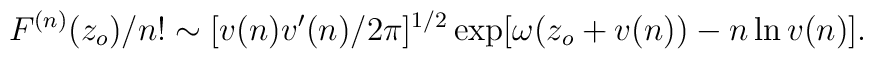
F^{(n)} (z_o)/n!\sim [v(n)v'(n)/2\pi ]^{1/2}\exp [\omega (z_o +v(n))-n\ln v(n)].